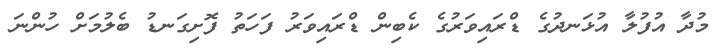
މުދާ އުފުލާ އުޅަނދުގެ ޑްރައިވަރުގެ ކެބިން ޑްރައިވަރު ފަހަތު ފޮށިގަނޑު ބެލުމަށް ހުންނަ